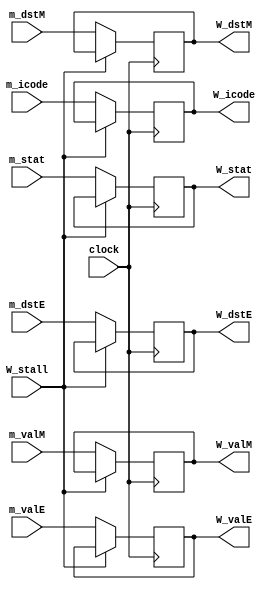
module W_reg (clock, W_stall, m_valE, m_valM, m_stat, m_icode, m_dstE, m_dstM, W_valE, W_valM, W_icode, W_dstE, W_dstM, W_stat);

input clock, W_stall;
input [0:63] m_valE, m_valM;
input [0:3] m_stat, m_icode, m_dstE, m_dstM;

output reg [0:63] W_valE, W_valM;
output reg [0:3] W_stat, W_icode, W_dstE, W_dstM;

// Updating the W registers according to stall condition.
always @(posedge clock) begin
	if(~W_stall) begin
		W_dstE <= m_dstE;
		W_dstM <= m_dstM;
		W_icode <= m_icode;
		W_stat <= m_stat;
		W_valE <= m_valE;
		W_valM <= m_valM;
	end
end	

endmodule